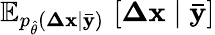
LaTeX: \mathbb{E}_{p_{\hat{\theta}}(\mathbf{\Delta x}\mid\mathbf{\bar{y}})}\, \left[\mathbf{\Delta x}\mid\mathbf{\bar{y}}\right]